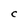
Character: C